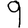
Digit: 9